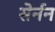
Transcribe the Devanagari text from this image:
सेर्नन